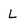
Character: L